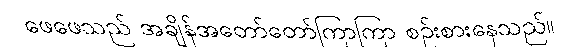
ဖေဖေသည် အချိန်အတော်တော်ကြာကြာ စဉ်းစားနေသည်။